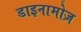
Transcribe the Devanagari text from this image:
डाइनामोज़